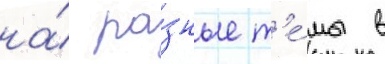
на́ ра́зные т'е́мы в